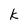
Character: k